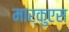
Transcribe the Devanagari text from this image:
मार्कुएस